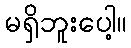
မရှိဘူးပေါ့။